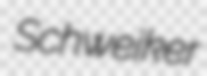
Schweiker